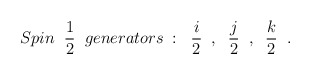
\begin{align*}Spin \; \; \frac{1}{2} \; \; generators \; : \; \;\frac{i}{2} \; \; , \; \; \frac{j}{2} \; \; , \; \; \frac{k}{2} \; \; .\end{align*}